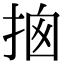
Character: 𢭇